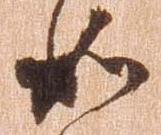
如